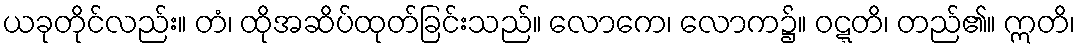
ယခုတိုင်လည်း။ တံ၊ ထိုအဆိပ်ထုတ်ခြင်းသည်။ လောကေ၊ လောက၌။ ဝဋ္ဋတိ၊ တည်၏။ ဣတိ၊